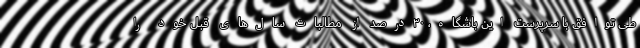
طی توافق با سرپرست این باشگاه، ۳۰درصد از مطالبات سال‌های قبل خود را